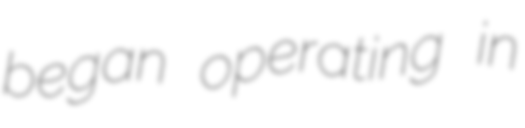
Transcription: began operating in